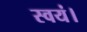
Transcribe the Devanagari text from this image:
स्वयं।